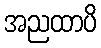
အညထာပိ